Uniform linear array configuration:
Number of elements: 4
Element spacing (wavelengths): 0.25
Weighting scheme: uniform
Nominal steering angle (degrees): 60
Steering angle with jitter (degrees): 60.369
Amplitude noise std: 0.05
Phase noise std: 0.05

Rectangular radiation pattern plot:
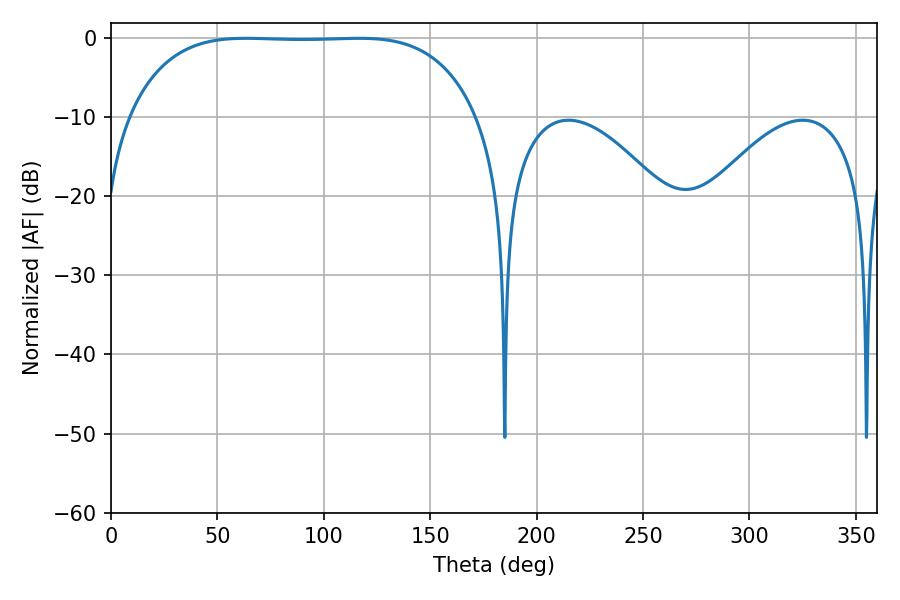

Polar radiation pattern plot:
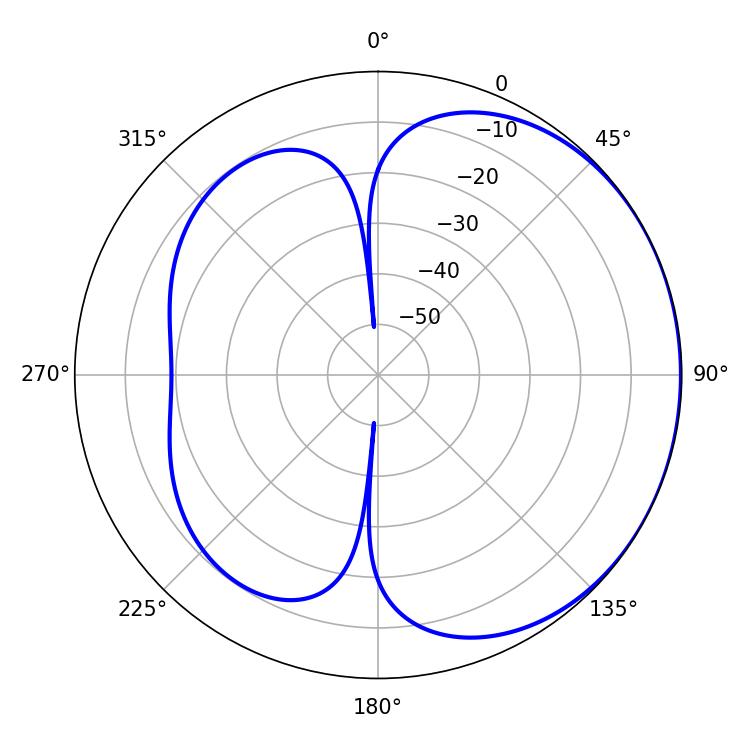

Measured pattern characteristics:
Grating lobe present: FALSE
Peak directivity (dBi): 0.8852
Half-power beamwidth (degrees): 127.08
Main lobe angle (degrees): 63.54